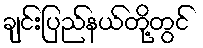
ချင်းပြည်နယ်တို့တွင်